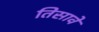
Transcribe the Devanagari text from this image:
तिसावे